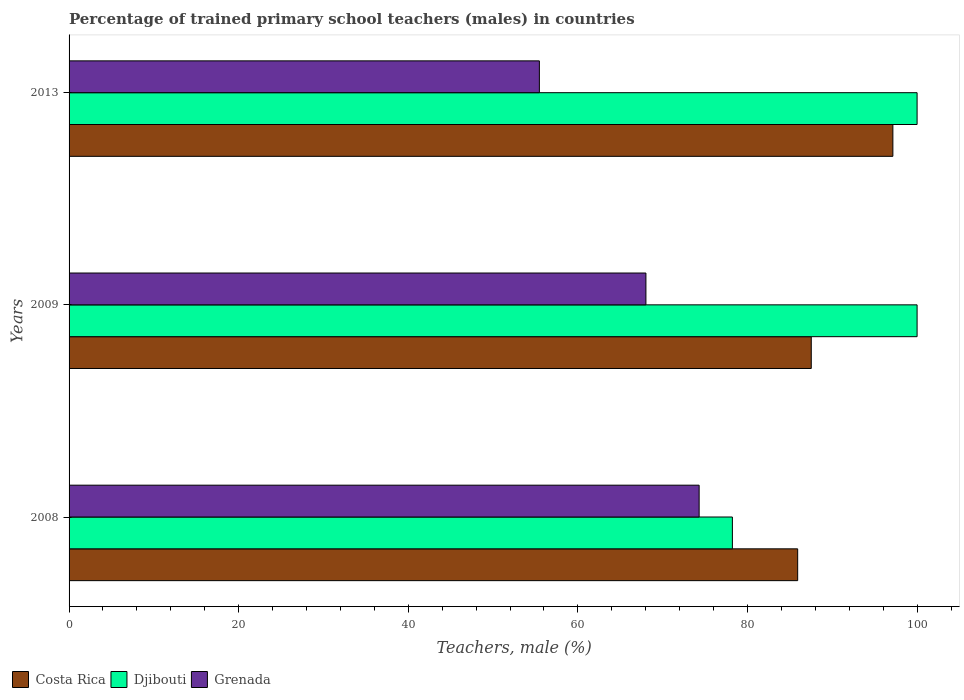
| Years | Costa Rica | Djibouti | Grenada |
 | --- | --- | --- | --- |
 | 2008 | 85.9 | 78.2 | 74.3 |
 | 2009 | 87.5 | 100 | 68 |
 | 2013 | 97.1 | 100 | 55.5 |